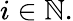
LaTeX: i\in\mathbb{N}.